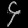
Digit: ၄